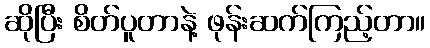
ဆိုပြီး စိတ်ပူတာနဲ့ ဖုန်းဆက်ကြည့်တာ။